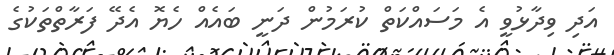
އަދި ވިދާޅުވީ އެ މަސައްކަތް ކުރަމުން ދަނީ ބައެއް ހެޔޮ އެދޭ ފަރާތްތަކުގެ